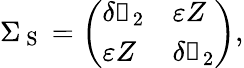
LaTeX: \Sigma_{\mathrm{~S~}}=\left(\begin{array}{ll}{\delta\mathbb{1}_{2}}&{\varepsilon Z}\\ {\varepsilon Z}&{\delta\mathbb{1}_{2}}\end{array}\right),